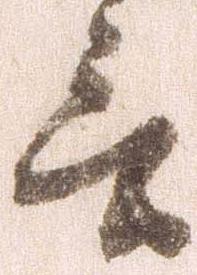
言